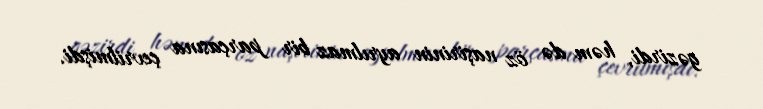
gəzirdi, həm də öz naşirinin ayrılmaz bir parçasına çevrilmişdi.